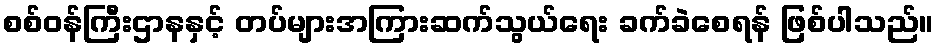
စစ်ဝန်ကြီးဌာနနှင့် တပ်များအကြားဆက်သွယ်ရေး ခက်ခဲစေရန် ဖြစ်ပါသည်။